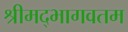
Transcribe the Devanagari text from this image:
श्रीमद्भागवतम